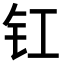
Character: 𮣲